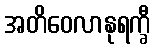
အတိဝေလာနုရက္ခီ